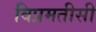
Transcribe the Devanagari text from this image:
विप्रमतीसी